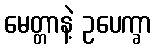
မေတ္တာနဲ့ ဥပေက္ခာ